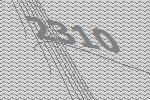
2310